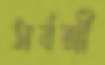
সর্বশ্রী